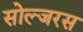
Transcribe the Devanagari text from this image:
सोल्जरस